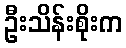
ဦးသိန်းစိုးက